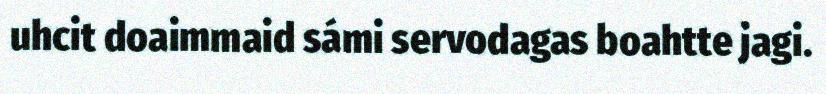
uhcit doaimmaid sámi servodagas boahtte jagi.